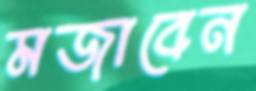
মজাবেন